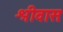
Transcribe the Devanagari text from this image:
श्रीवासः